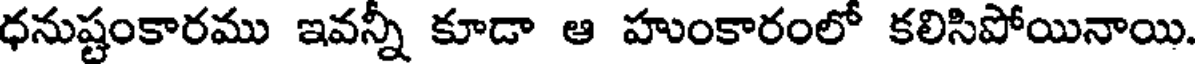
ధనుష్టంకారము ఇవన్నీ కూడా ఆ హుంకారంలో కలిసిపోయినాయి.